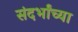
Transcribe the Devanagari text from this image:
संदर्भांच्या